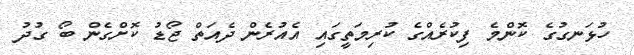
ހުޅަނގުގެ ކޮންމެ ފިކުރެއްގެ ކުރިމަތީގައި އެއުރެން ދެއަތް ޖޯޑު ކޮށްގެން ބޯ ގުދު